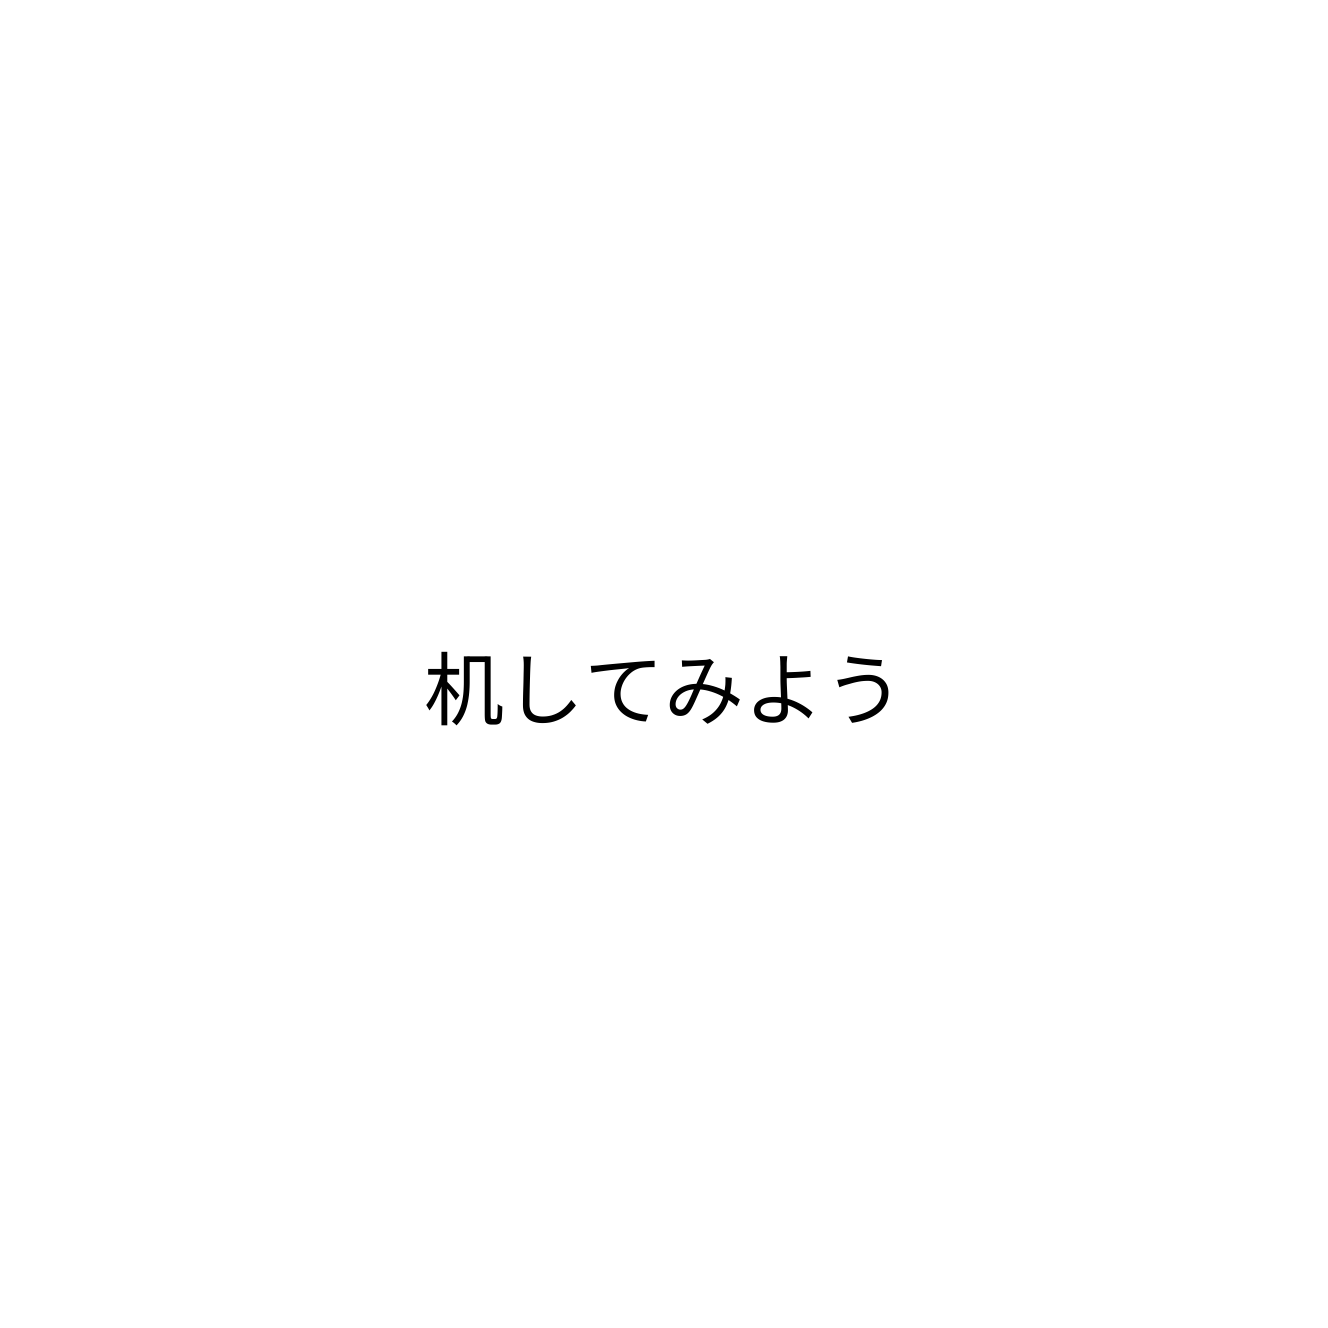
机してみよう